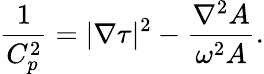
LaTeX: \frac{1}{C_{p}^{2}}=|\nabla\tau|^{2}-\frac{\nabla^{2}A}{\omega^{2}A}.